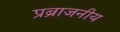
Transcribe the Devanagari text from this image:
प्रब्राजनीय